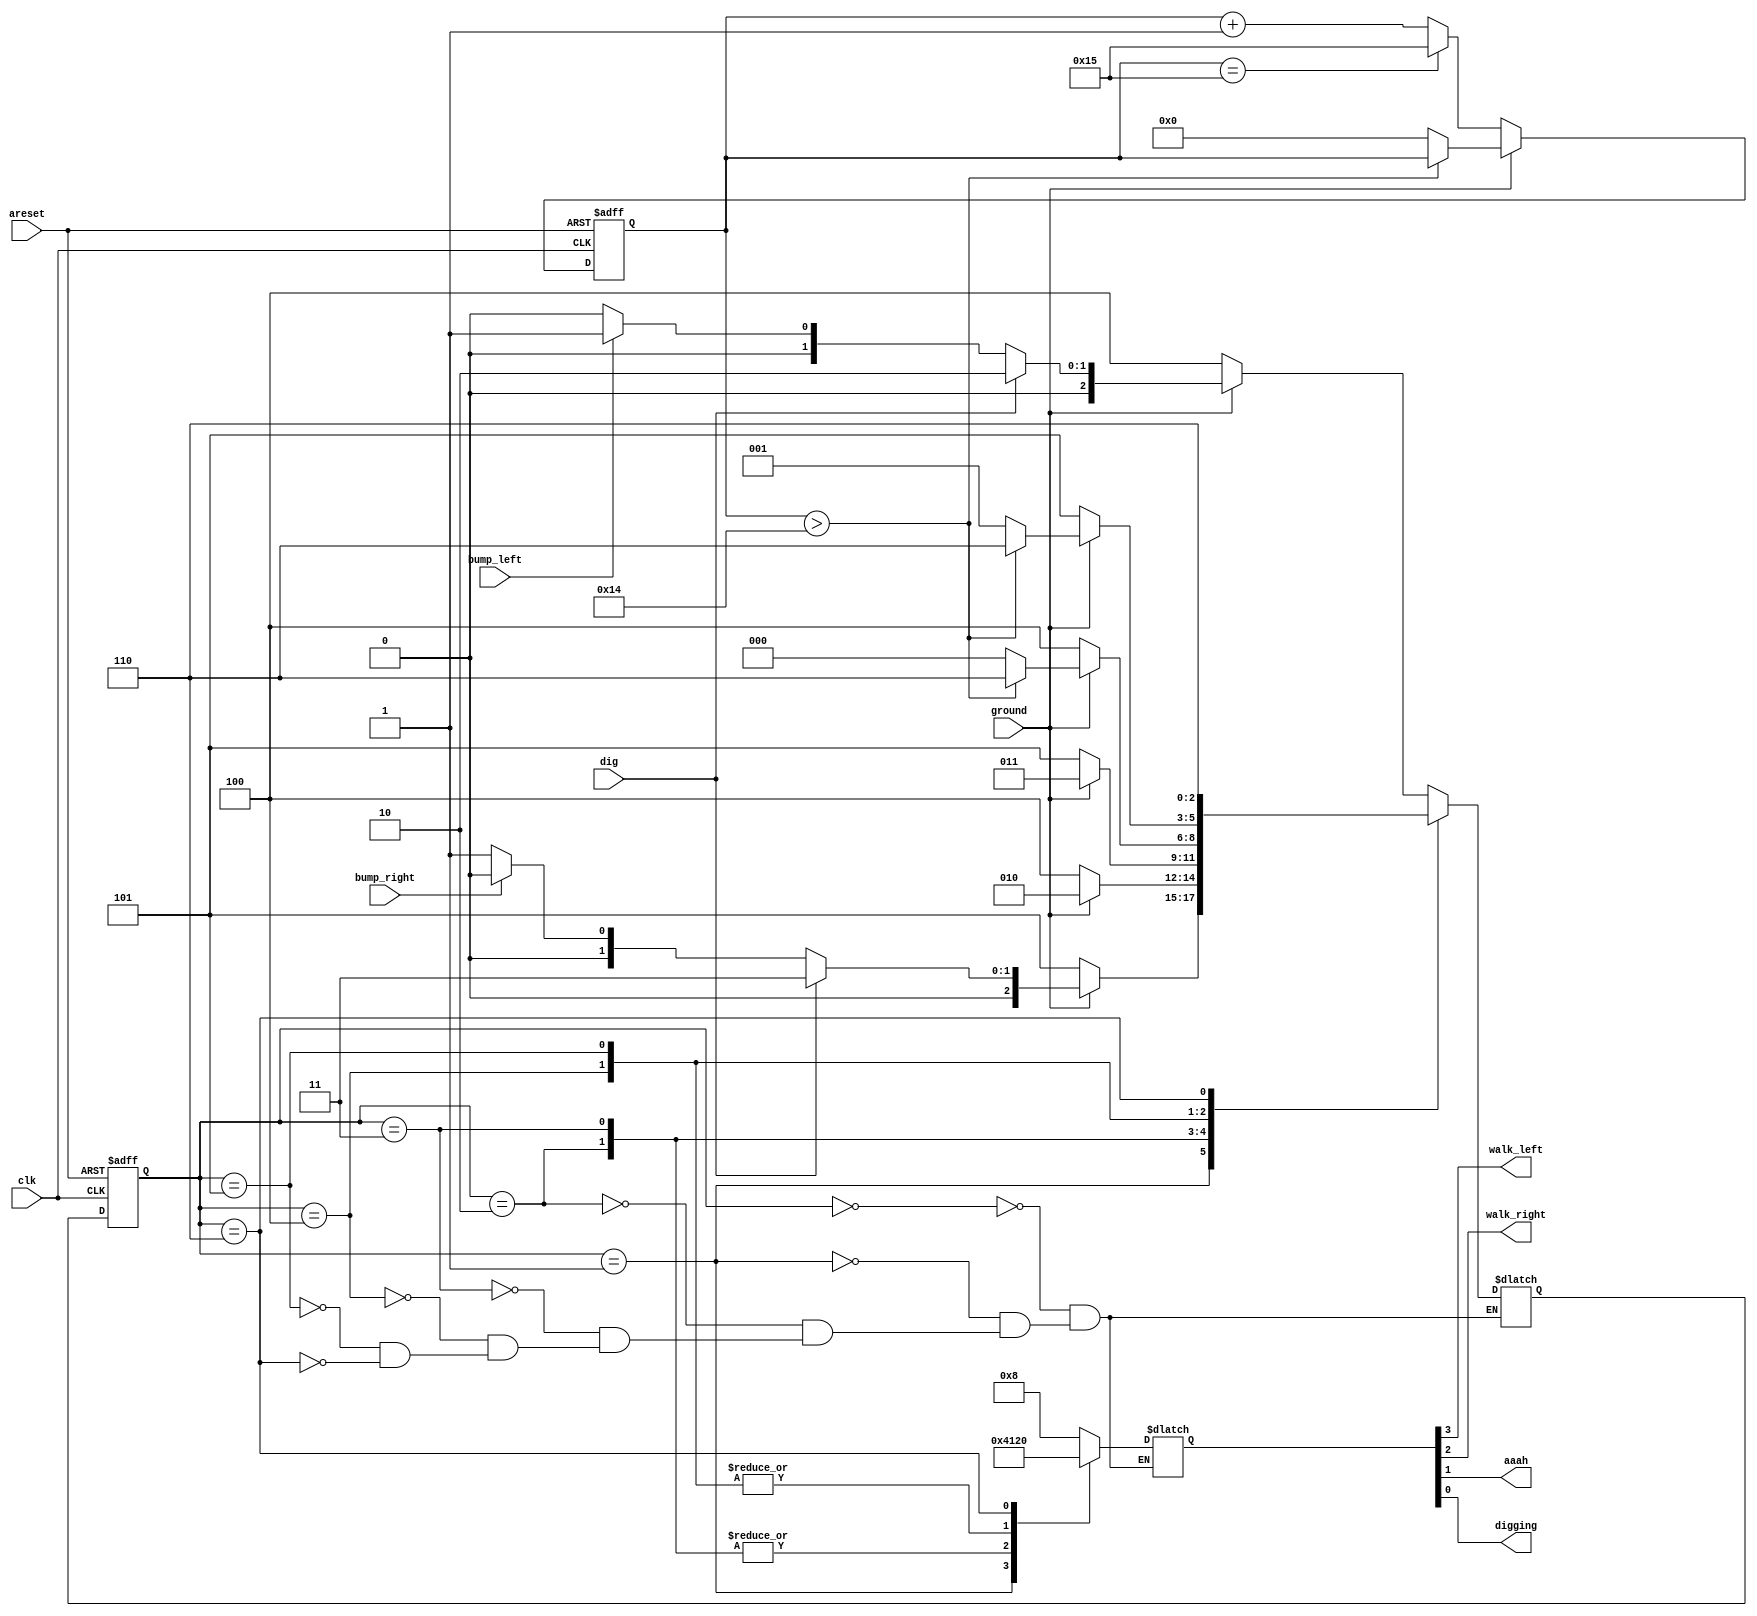
module top_module(
    input clk,
    input areset,    // Freshly brainwashed Lemmings walk left.
    input bump_left,
    input bump_right,
    input ground,
    input dig,
    output walk_left,
    output walk_right,
    output aaah,
    output digging ); 
    reg [2:0] cs,ns;
    reg [4:0] cnt;
    parameter WL=3'd0, WR=3'd1, DL=3'd2, DR=3'd3, FL=3'd4, FR=3'd5, DEAD=3'd6;
    wire [3:0] io;
    assign {walk_left, walk_right,aaah,digging}=io;
    always@(posedge clk or posedge areset)begin
        if(areset) begin
            cs<=3'b0;
        end
        else cs<=ns;
    end
    //death count
    always@(posedge clk or posedge areset)begin
        if(areset) cnt<=0;
        else if(ground==1) cnt<=(cnt>20)?cnt:0;
        else cnt<=(cnt==5'd21)?5'd21:cnt+1;
    end
    //ns
    always@(*)begin
        case(cs)
            WL: begin
                ns=(ground)?(dig)?DL:(bump_left)?WR:WL:FL; //wl
                io=4'b1000;
            end
            WR: begin
                ns=(ground)?(dig)?DR:(bump_right)?WL:WR:FR; //wr
                io=4'b0100;
            end
            DL: begin
                ns=(ground)?DL:FL; //dl
                io=4'b0001;
            end
            DR: begin
                ns=(ground)?DR:FR;
                io=4'b0001;            
            end
            FL: begin
                ns=(ground)?(cnt>20)?DEAD:WL:FL;
                io=4'b0010;
            end
            FR: begin
                ns=(ground)?(cnt>20)?DEAD:WR:FR;
                io=4'b0010;
            end
            DEAD: begin
                ns=DEAD;
                io=4'b0000;
            end
        endcase
    end
endmodule